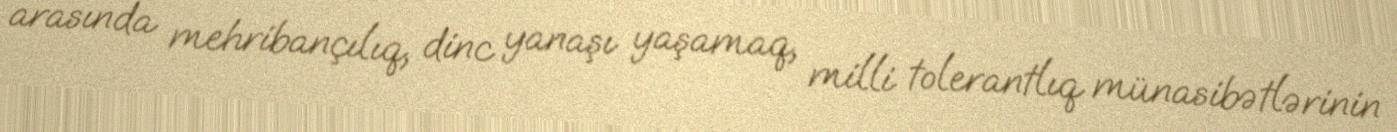
arasında mehribançılıq, dinc yanaşı yaşamaq, milli tolerantlıq münasibətlərinin